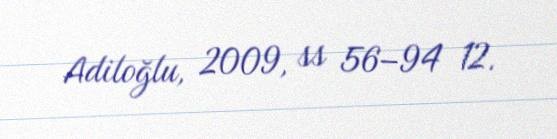
Adiloğlu, 2009, ss 56–94 12.